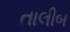
તાલીબ